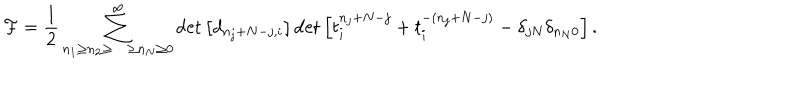
{ \cal F } = \frac { 1 } { 2 } \sum _ { n _ { 1 } \geq n _ { 2 } \geq \cdots \geq n _ { N } \geq 0 } ^ { \infty } \det \left[ d _ { n _ { j } + N - j , i } \right] \det \left[ t _ { i } ^ { n _ { j } + N - j } + t _ { i } ^ { - ( n _ { j } + N - j ) } - \delta _ { j N } \delta _ { n _ { N } 0 } \right] .